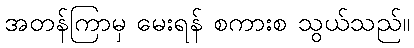
အတန်ကြာမှ မေးရန် စကားစ သွယ်သည်။